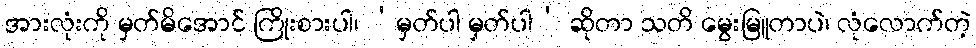
အားလုံးကို မှတ်မိအောင် ကြိုးစားပါ၊ ‘မှတ်ပါ မှတ်ပါ’ ဆိုတာ သတိ မွေးမြူတာပဲ၊ လုံလောက်တဲ့